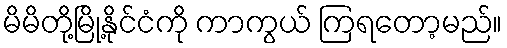
မိမိတို့မြို့နိုင်ငံကို ကာကွယ် ကြရတော့မည်။